Report of the Bombay Plague Committee
Disease focus: Plague
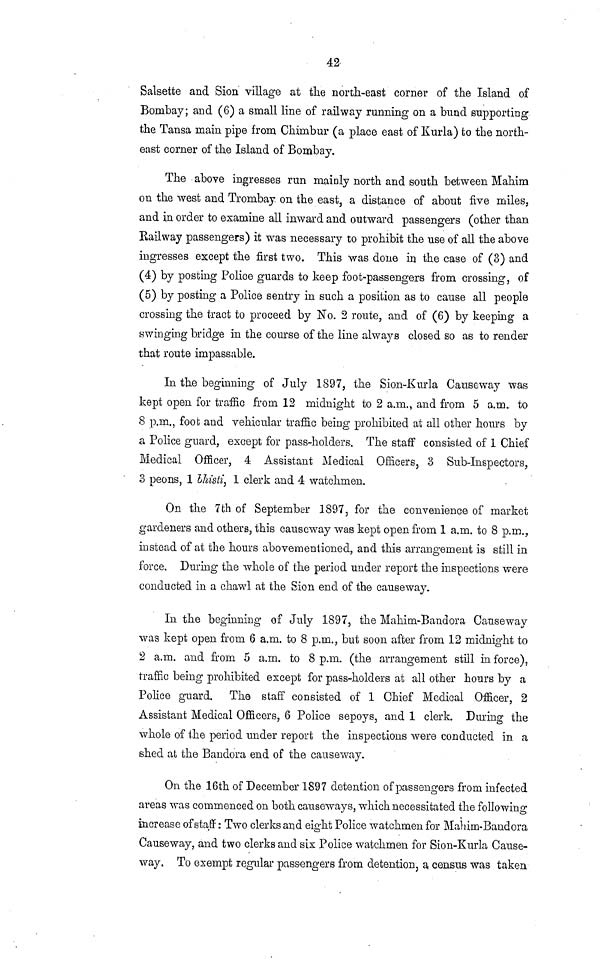
42
Salsette and Sion village at the north-east corner of the Island of
Bombay; and (6) a small line of railway running on a bund supporting
the Tansa main pipe from Chimbur (a place east of Kurla) to the north-
east corner of the Island of Bombay.
The above ingresses run mainly north and south between Mahim
on the west and Trombay on the east, a distance of about five miles,
and in order to examine all inward and outward passengers (other than
Railway passengers) it was necessary to prohibit the use of all the above
ingresses except the first two. This was done in the case of (3) and
(4) by posting Police guards to keep foot-passengers from crossing, of
(5) by posting a Police sentry in such a position as to cause all people
crossing the tract to proceed by No. 2 route, and of (6) by keeping a
swinging bridge in the course of the line always closed so as to render
that route impassable.
In the beginning of July 1897, the Sion-Kurla Causeway was
kept open for traffic from 12 midnight to 2 a.m., and from 5 a.m. to
8 p.m., foot and vehicular traffic being prohibited at all other hours by
a Police guard, except for pass-holders. The staff consisted of 1 Chief
Medical Officer, 4 Assistant Medical Officers, 3 Sub-Inspectors,
3 peons, 1 bhisti, 1 clerk and 4 watchmen.
On the 7th of September 1897, for the convenience of market
gardeners and others, this causeway was kept open from 1 a.m. to 8 p.m.,
instead of at the hours abovementioned, and this arrangement is still in
force. During the whole of the period under report the inspections were
conducted in a chawl at the Sion end of the causeway.
In the beginning of July 1897, the Mahin-Bandora Causeway
was kept open from 6 a.m. to 8 p.m., but soon after from 12 midnight to
2 a.m. and from 5 a.m. to 8 p.m. (the arrangement still in force),
traffic being prohibited except for pass-holders at all other hours by a
Police guard. The staff consisted of 1 Chief Medical Officer, 2
Assistant Medical Officers, 6 Police sepoys, and 1 clerk. During the
whole of the period under report the inspections were conducted in a
shed at the Bandora end of the causeway.
On the 16th of December 1897 detention of passengers from infected
areas was commenced on both causeways, which necessitated the following
increase of staff: Two clerks and eight Police watchmen for Mahim-Bandora
Causeway, and two clerks and six Police watchmen for Sion-Kurla Cause-
way. To exempt regular passengers from detention, a, census was taken